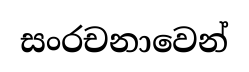
සංරචනාවෙන්